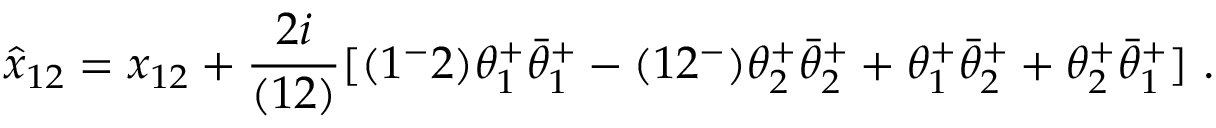
\hat { x } _ { 1 2 } = x _ { 1 2 } + { \frac { 2 i } { ( 1 2 ) } } [ ( 1 ^ { - } 2 ) \theta _ { 1 } ^ { + } \bar { \theta } _ { 1 } ^ { + } - ( 1 2 ^ { - } ) \theta _ { 2 } ^ { + } \bar { \theta } _ { 2 } ^ { + } + \theta _ { 1 } ^ { + } \bar { \theta } _ { 2 } ^ { + } + \theta _ { 2 } ^ { + } \bar { \theta } _ { 1 } ^ { + } ] \ .